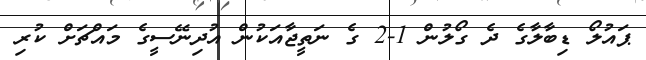
ޕައުލޯ ޑިބާލާގެ ދެ ގޯލުން 1-2 ގެ ނަތީޖާއަކުން އުދިނޭސީގެ މައްޗަށް ކުރި